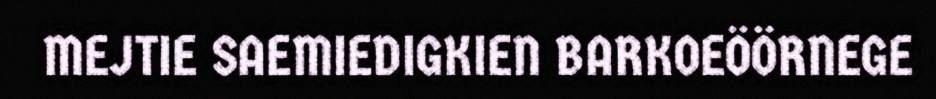
MEJTIE SAEMIEDIGKIEN BARKOEÖÖRNEGE